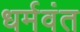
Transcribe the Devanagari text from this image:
धर्मवंत